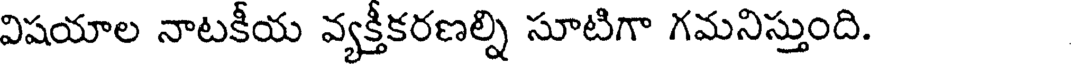
విషయాల నాటకీయ వ్యక్తీకరణల్ని సూటిగా గమనిస్తుంది.